Medical and sanitary report of the native army of Bengal for the year
Year: 1874
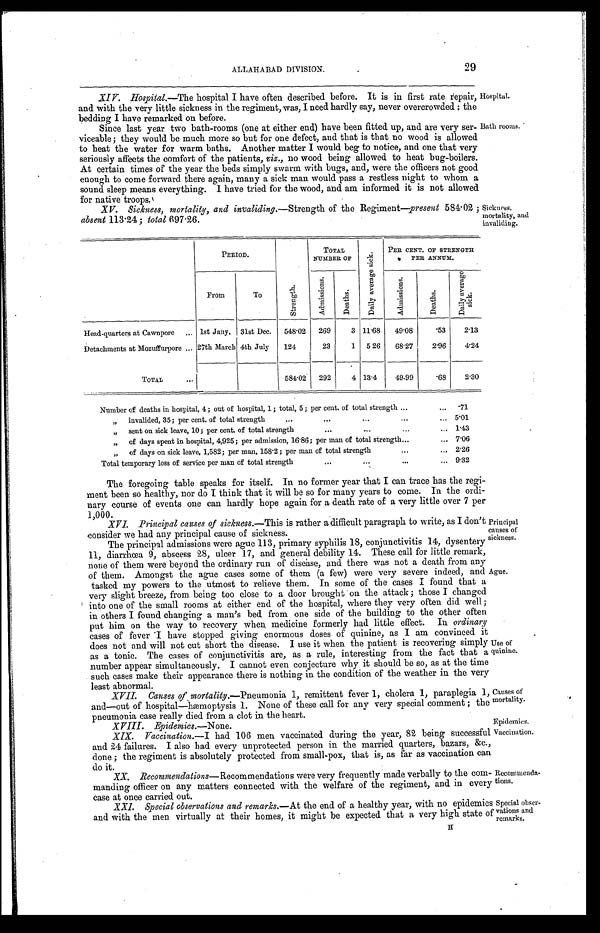
Hospital.
Bath rooms.
29
ALLAHABAD DIVISION.
XIV. Hospital.—The hospital I have often described before. It is in first rate repair,
and with the very little sickness in the regiment, was, I need hardly say, never overcrowded : the
bedding I have remarked on before.
Since last year two bath-rooms (one at either end) have been fitted up, and are very ser
-
viceable ; they would be much more so but for one defect, and that is that no wood is allowed
to heat the water for warm baths. Another matter I would beg to notice, and one that very
seriously affects the comfort of the patients, viz., no wood being allowed to heat bug-boilers.
At certain times of the year the beds simply swarm with bugs, and, were the officers not good
enough to come forward there again, many a sick man would pass a restless night to whom a
sound sleep means everything. I have tried for the wood, and am informed it is not allowed
for native troops.
XV. Sickness, mortality, and invaliding.— Strength of the Regiment—present 584.02 ;
absent 113.24 ; total 697.26.
Sickness,
mortality, and
invaliding.
PERIOD.
S t r e n g t h .
TOTAL NUMBER
OF
D a i l y a v e r a g e s i c k .
PER CENT. OF STRENGTH
PER ANNUM.
From
To
A d m i s s i o n .
D e a t h s .
A d m i s s i o n s .
D e a t h s .
D a i l y a v e r a g e s i c k .
Head-quarters at Cawnpore . . . 1st Jany. 31st Dec.
548.02
269
3 11.68
49.08
53
2.13
Detachments at Mozuffurpore . . . 27th March 4th July
124
23
1
5.26
68.27
2.96
4.24
TOTAL . . .
584.02
292
4 13.4
49.99
.68
2.30
Number of deaths in hospital, 4; out of hospital, 1; total, 5; per cent. of total strength . . . .71
"
i n v a l i d e d , 3 5 ; p e r
c e n t . o f
t o t a l s t r e n g t h
. . .
5 . 0 1
" sent on sick leave, 10; per cent. of total strength . . . 1.43
" of days spent in hospital, 4,925 ; per admission, 16.86 ; per man of total strength . . . 7.06
" of days on sick leave, 1,582 ; per man, 158.2 ; per man of total strength. . . 2.26
Total temporary loss of service per man of total strength . . . 9.32
The foregoing table speaks for itself. In no former year that I can trace has the regi
-
ment been so healthy, nor do I think that it will be so for many years to come. In the ordi
-
nary course of events one can hardly hope again for a death rate of a very little over 7 per
1,000.
XVI. Principal causes of sickness.— This is rather a difficult paragraph to write, as I don't
consider we had any principal cause of sickness.
The principal admissions were ague 113, primary syphilis 18, conjunctivitis 14, dysentery
11, diarrhœa 9, abscess 28, ulcer 17, and general debility 14. These call for little remark,
none of them were beyond the ordinary run of disease, and there was not a death from any
of them. Amongst the ague cases some of them (a few) were very severe indeed, and
tasked my powers to the utmost to relieve them. In some of the cases I found that a
very slight breeze, from being too close to a door brought on the attack ; those I changed
into one of the small rooms at either end of the hospital, where they very often did well ;
in others I found changing a man's bed. from one side of the building to the other often
put him on the way to recovery when, medicine formerly bad little effect. In ordinary
cases of fever have stopped giving enormous doses of quinine, as I am convinced it
does not and will not cut short the disease. I use it when the patient is recovering simply
as a tonic. The cases of conjunctivitis are, as a rule, interesting from the fact that a
number appear simultaneously. I cannot even conjecture why it should be so, as at the time
such cases make their appearance there is nothing in the condition of the weather in the very
least abnormal.
XVII. Causes of mortality.—Pneumonia 1, remittent fever 1, cholera 1, paraplegia 1,
and—out of hospital—hæmoptysis 1. None of these call for any very special comment ; the
pneumonia case really died from a clot in the heart.
Principal
causes of
sickness.
Ague.
Use of
quinine.
Causes of
mortality.
Epidemics.
Vaccination.
XVIII. Epidemics.—None.
XIX. Vaccination.— I had 106 men vaccinated during the year, 82 being successful
and 24 failures. I also had every unprotected person in the married quarters, bazars, &c.
done ; the regiment is absolutely protected from small-pox, that is, as far as vaccination can
do it.
XX. Recommendations—Recommendations were very frequently made verbally to the com
-
manding officer on any matters connected with the welfare of the regiment, and in every
case at once carried out.
Recommenda
-
tions.
XXI. Special observations and remarks.—At the end of a healthy year, with no epidemics
and with the men virtually at their homes, it might be expected that a very high state of
Special obser
-
vations and
remarks.